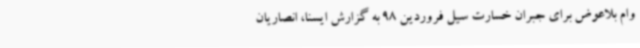
وام بلاعوض برای جبران خسارت سیل فروردین 98 به گزارش ایسنا، انصاریان